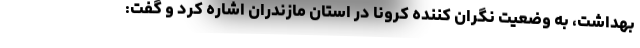
بهداشت، به وضعیت نگران کننده کرونا در استان مازندران اشاره کرد و گفت: